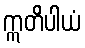
ဣတိပါယံ